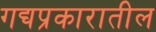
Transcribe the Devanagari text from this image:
गद्यप्रकारातील